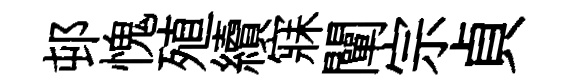
邨愧殖續寐闡宗貞